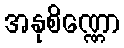
အနုစိဏ္ဏော